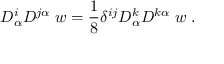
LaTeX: D _ { \alpha } ^ { i } D ^ { j \alpha } \; w = { \frac { 1 } { 8 } } \delta ^ { i j } D _ { \alpha } ^ { k } D ^ { k \alpha } \; w \; .